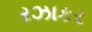
રઝાકર